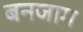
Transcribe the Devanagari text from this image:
बनजाग